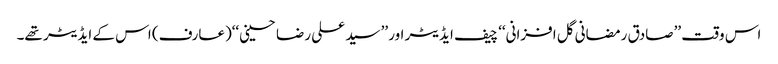
اس وقت ’’صادق رمضانی گل افزانی‘‘ چیف ایڈیٹر اور ’’سید علی رضا حسینی‘‘(عارف) اس کے ایڈیٹر تھے۔